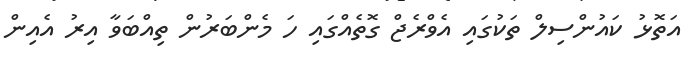
އަތޮޅު ކައުންސިލް ތަކުގައި އެވްރެޖް ގޮތެއްގައި ހަ މެންބަރުން ތިއްބަވާ އިރު އެއިން